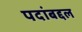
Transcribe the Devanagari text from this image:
पदांबद्दल